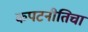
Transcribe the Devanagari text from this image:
कपटनीतिचा